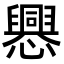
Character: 𢤀